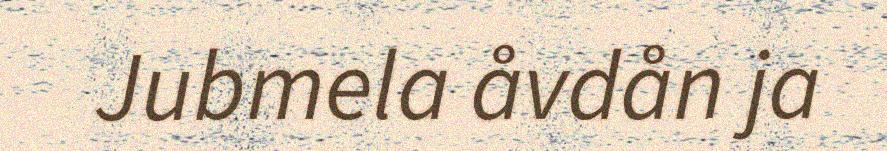
Jubmela åvdån ja